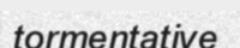
tormentative